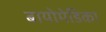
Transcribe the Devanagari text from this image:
बायोमेडिका